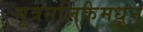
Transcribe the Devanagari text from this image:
मूत्रनलिकेमधून